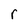
Character: r